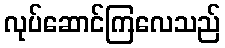
လုပ်ဆောင်ကြလေသည်